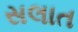
સલાત